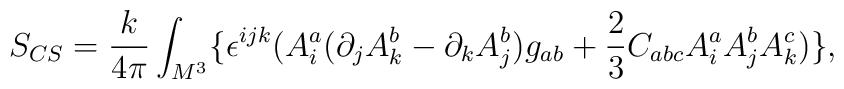
S_{CS}=\frac k{4\pi }\int_{M^3}\{\epsilon ^{ijk}(A_i^a(\partial_jA_k^b-\partial _kA_j^b)g_{ab}+\frac 23C_{abc}A_i^aA_j^bA_k^c)\},